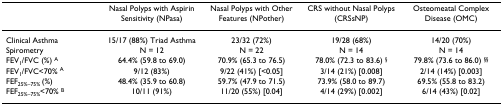
<table><thead><tr><td></td><td><b>Nasal Polyps with Aspirin Sensitivity (NPasa)</b></td><td><b>Nasal Polyps with Other Features (NPother)</b></td><td><b>CRS without Nasal Polyps (CRSsNP)</b></td><td><b>Osteomeatal Complex Disease (OMC)</b></td></tr></thead><tbody><tr><td>Clinical Asthma</td><td>15/17 (88%) Triad Asthma</td><td>23/32 (72%)</td><td>19/28 (68%)</td><td>14/20 (70%)</td></tr><tr><td>Spirometry</td><td>N = 12</td><td>N = 22</td><td>N = 14</td><td>N = 14</td></tr><tr><td>FEV<sub>1</sub>/FVC (%) <sup>A</sup></td><td>64.4% (59.8 to 69.0)</td><td>70.9% (65.3 to 76.5)</td><td>78.0% (72.3 to 83.6) <sup>§</sup></td><td>79.8% (73.6 to 86.0) <sup>§§</sup></td></tr><tr><td>FEV<sub>1</sub>/FVC&lt;70% <sup>A</sup></td><td>9/12 (83%)</td><td>9/22 (41%) [&lt;0.05]</td><td>3/14 (21%) [0.008]</td><td>2/14 (14%) [0.003]</td></tr><tr><td>FEF<sub>25%–75% </sub>(%)</td><td>48.4% (35.9 to 60.8)</td><td>59.7% (47.9 to 71.5)</td><td>73.9% (58.0 to 89.7)</td><td>69.5% (55.8 to 83.2)</td></tr><tr><td>FEF<sub>25%–75%</sub>&lt;70% <sup>B</sup></td><td>10/11 (91%)</td><td>11/20 (55%) [0.04]</td><td>4/14 (29%) [0.002]</td><td>6/14 (43%) [0.02]</td></tr></tbody></table>